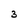
Character: 3